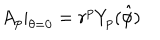
A _ { p } | _ { \theta = 0 } = r ^ { p } Y _ { p } ( \hat { \phi } )